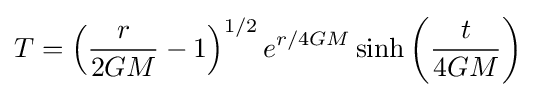
T=\left({\frac {r}{2GM}}-1\right)^{1/2}e^{r/4GM}\sinh \left({\frac {t}{4GM}}\right)